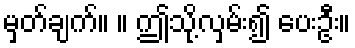
မှတ်ချက်။ ။ ဤသို့လှမ်း၍ ပေးဦး။